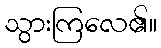
သွားကြလေ၏။